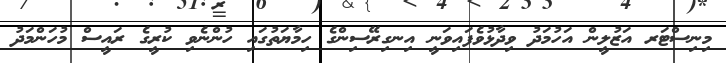
މިނިސްޓަރ އަޒުލީން އަހުމަދު ވިދާޅުވެފައިވަނީ އިނގިރޭސިންގެ ހިމާޔަތުގައި ހުންނެވި ކުރީގެ ރައީސް މުހަންމަދު